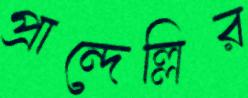
প্রান্দেল্লির